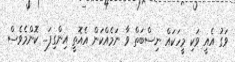
ވަގު އެއީ ވަކި މީހަކައް ނިސްބަތް ވާ ނަމެއްކަން އެއޮތީ އިންގިފަ... ކޮންމެވެސް